Indian journal of veterinary science and animal husbandry - Volume 11,
Year: 1941
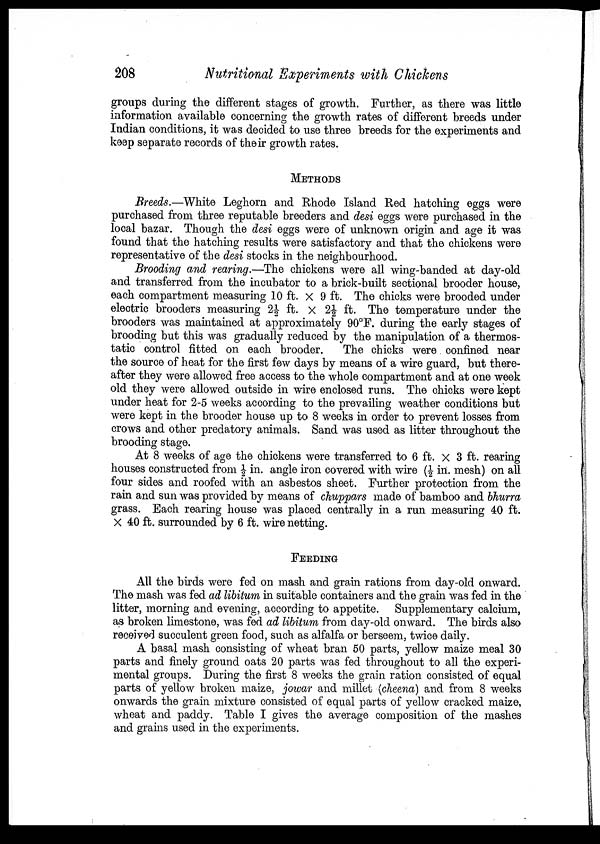
208
Nutritional Experiments with Chickens
groups during the different stages of growth. Further, as there was little
information available concerning the growth rates of different breeds under
Indian conditions, it was decided to use three breeds for the experiments and
keep separate records of their growth rates.
METHODS
Breeds.—White Leghorn and Rhode Island Red hatching eggs were
purchased from three reputable breeders and desi eggs were purchased in the
local bazar. Though the desi eggs were of unknown origin and age it was
found that the hatching results were satisfactory and that the chickens were
representative of the desi stocks in the neighbourhood.
Brooding and rearing.—The chickens were all wing-banded at day-old
and transferred from the incubator to a brick-built sectional brooder house,
each compartment measuring 10 ft. × 9 ft. The chicks were brooded under
electric brooders measuring 2½ ft. × 2½ ft. The temperature under the
brooders was maintained at approximately 90°F. during the early stages of
brooding but this was gradually reduced by the manipulation of a thermos-
tatic control fitted on each brooder.
The chicks were confined near
the source of heat for the first few days by means of a wire guard, but there-
after they were allowed free access to the whole compartment and at one week
old they were allowed outside in wire enclosed runs. The chicks were kept
under heat for 2-5 weeks according to the prevailing weather conditions but
were kept in the brooder house up to 8 weeks in order to prevent losses from
crows and other predatory animals. Sand was used as litter throughout the
brooding stage.
At 8 weeks of age the chickens were transferred to 6 ft. × 3 ft. rearing
houses constructed from ½ in. angle iron covered with wire (½ in. mesh) on all
four sides and roofed with an asbestos sheet. Further protection from the
rain and sun was provided by means of chuppars made of bamboo and bhurra
grass. Each rearing house was placed centrally in a run measuring 40 ft.
× 40 ft. surrounded by 6 ft. wire netting.
FEEDING
All the birds were fed on mash and grain rations from day-old onward.
The mash was fed ad libitum in suitable containers and the grain was fed in the
litter, morning and evening, according to appetite. Supplementary calcium,
as broken limestone, was fed ad libitum from day-old onward. The birds also
received succulent green food, such as alfalfa or berseem, twice daily.
A basal mash consisting of wheat bran 50 parts, yellow maize meal 30
parts and finely ground oats 20 parts was fed throughout to all the experi-
mental groups. During the first 8 weeks the grain ration consisted of equal
parts of yellow broken maize, jowar and millet (cheena) and from 8 weeks
onwards the grain mixture consisted of equal parts of yellow cracked maize,
wheat and paddy. Table I gives the average composition of the mashes
and grains used in the experiments.